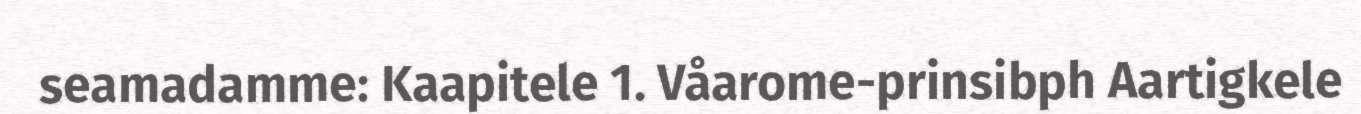
seamadamme: Kaapitele 1. Våarome-prinsibph Aartigkele